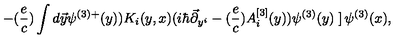
- ( { \frac { e } { c } } ) \int d \vec { y } \psi ^ { ( 3 ) + } ( y ) ) K _ { i } ( y , x ) ( i \hbar \vec { \partial } _ { y ^ { i } } - ( { \frac { e } { c } } ) A _ { i } ^ { [ 3 ] } ( y ) ) \psi ^ { ( 3 ) } ( y ) \left. \right] \psi ^ { ( 3 ) } ( x ) ,